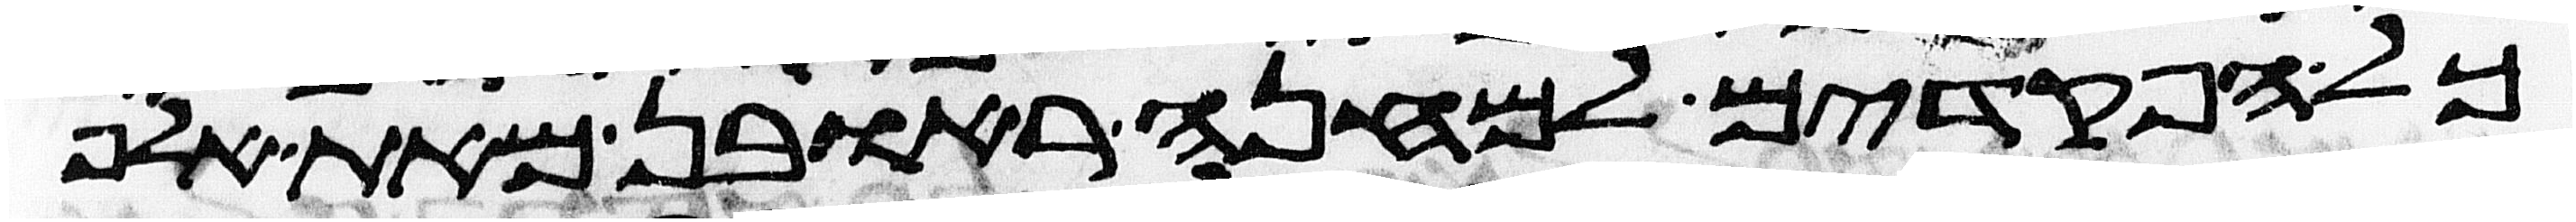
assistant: כל הפקדים למחנה ראובן מאת אלף